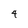
Character: 4